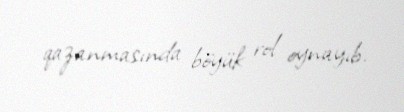
qazanmasında böyük rol oynayıb.